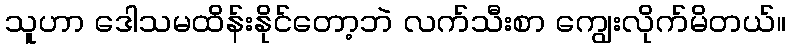
သူဟာ ဒေါသမထိန်းနိုင်တော့ဘဲ လက်သီးစာ ကျွေးလိုက်မိတယ်။